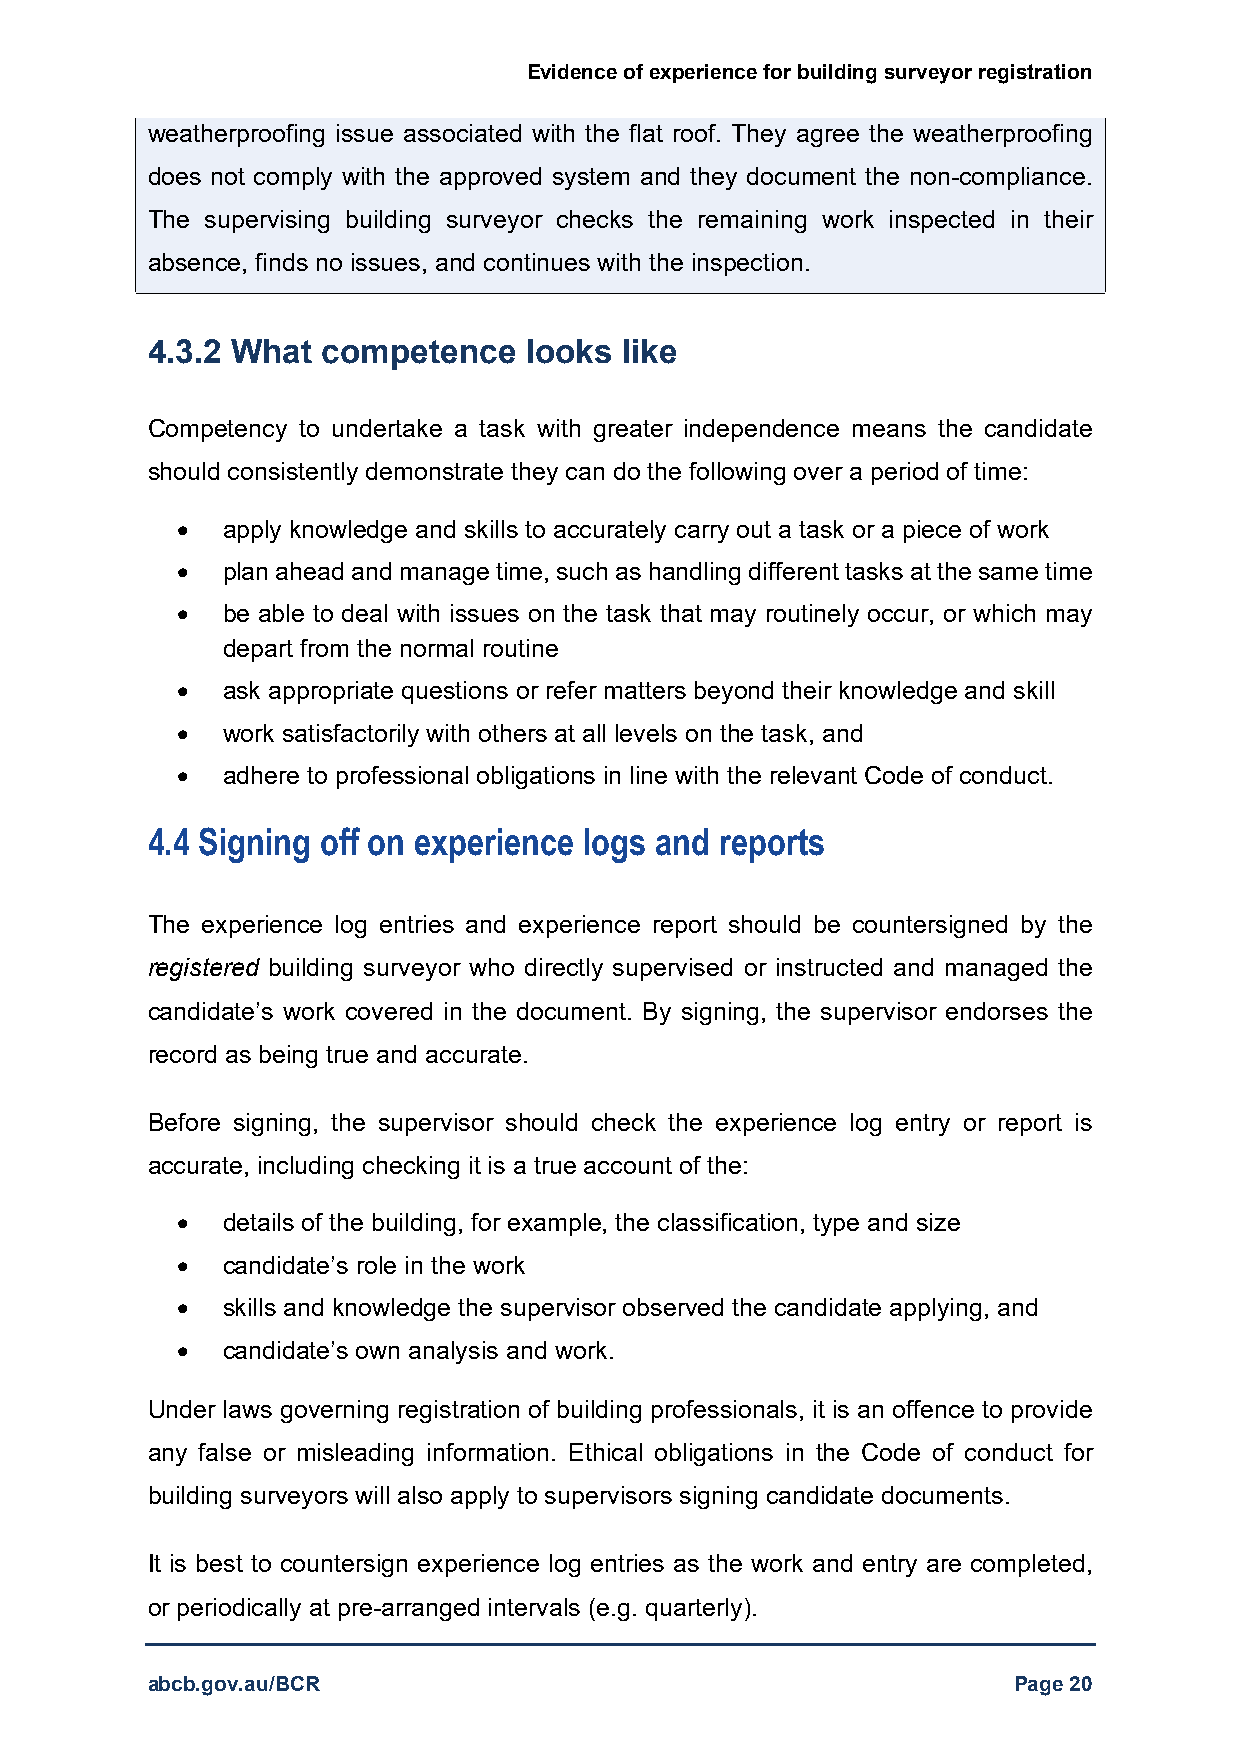
Evidence of experience for building surveyor registration
 weatherproofing issue associated with the flat roof. They agree the weatherproofing
 does not comply with the approved system and they document the non-compliance.
 The supervising building surveyor checks the remaining work inspected in their
 absence, finds no issues, and continues with the inspection.
 4.3.2 What competence    looks like
 Competency to undertake a task with greater independence means the candidate
 should consistently demonstrate they can do the following over a period of time:
   apply knowledge and skills to accurately carry out a task or a piece of work
   plan ahead and manage time, such as handling different tasks at the same time
   be able to deal with issues on the task that may routinely occur, or which may
 depart from the normal routine
   ask appropriate questions or refer matters beyond their knowledge and skill
   work satisfactorily with others at all levels on the task, and
   adhere to professional obligations in line with the relevant Code of conduct.
 4.4 Signing off on experience logs and reports
 The experience log entries and experience report should be countersigned by the
 registered building surveyor who directly supervised or instructed and managed the
 candidate’s work covered in the document. By signing, the supervisor endorses the
 record as being true and accurate.
 Before signing, the supervisor should check the experience log entry or report is
 accurate, including checking it is a true account of the:
   details of the building, for example, the classification, type and size
   candidate’s role in the work
   skills and knowledge the supervisor observed the candidate applying, and
   candidate’s own analysis and work.
 Under laws governing registration of building professionals, it is an offence to provide
 any false or misleading information. Ethical obligations in the Code of conduct for
 building surveyors will also apply to supervisors signing candidate documents.
 It is best to countersign experience log entries as the work and entry are completed,
 or periodically at pre-arranged intervals (e.g. quarterly).
 abcb.gov.au/BCR                                          Page 20